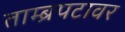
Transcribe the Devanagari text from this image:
ताम्ब्रपटावर